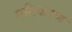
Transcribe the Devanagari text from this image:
गतिकरण